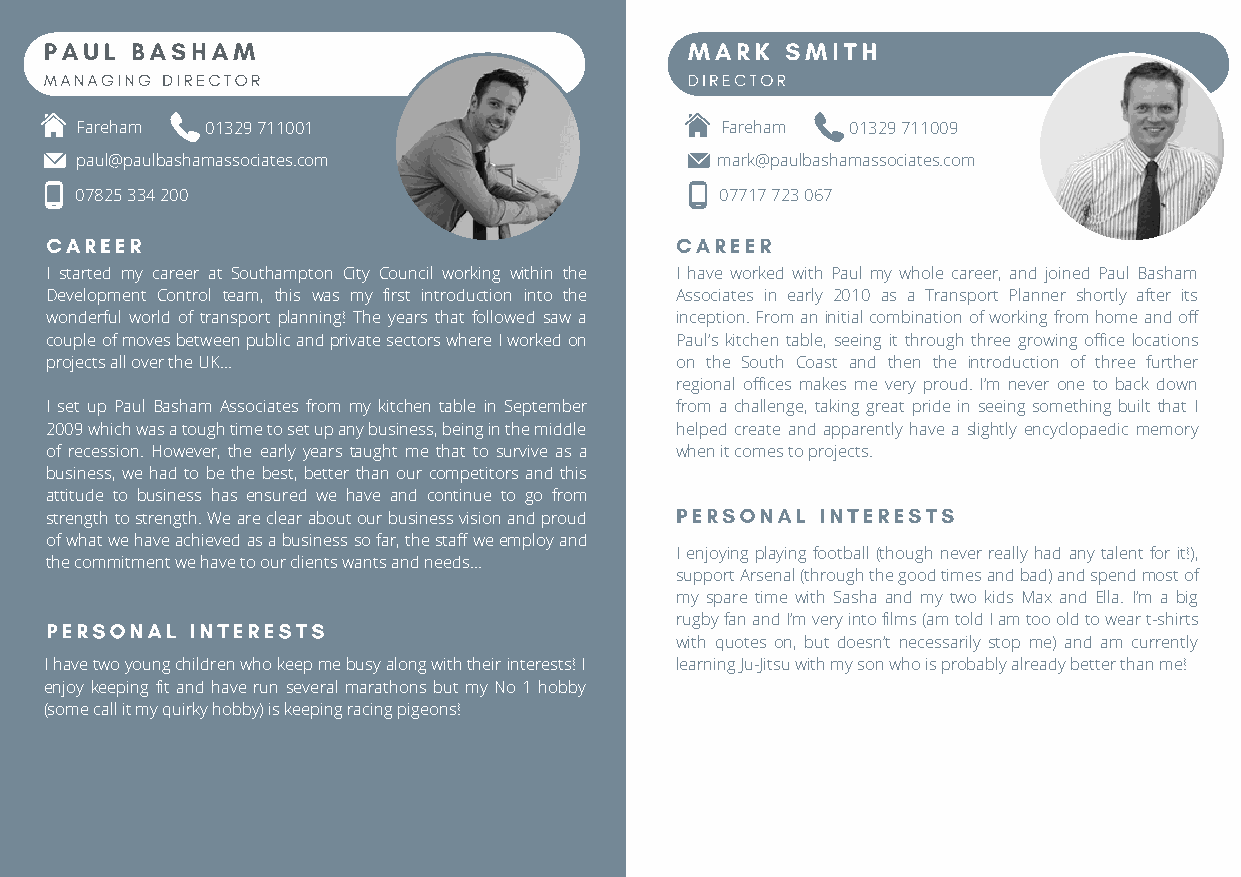
PAUL  BASHAM                               MARK  SMITH
 MANAGING DIRECTOR                          DIRECTOR
 Fareham  01329 711001                      Fareham 01329 711009
 paul@paulbashamassociates.com             mark@paulbashamassociates.com
 07825 334 200                              07717 723 067
 CAREER                                    CAREER
 I started my career at Southampton City Council working within the I have worked with Paul my whole career, and joined Paul Basham
 Development Control team, this was my first introduction into the Associates in early 2010 as a Transport Planner shortly after its
 wonderful world of transport planning! The years that followed saw a inception. From an initial combination of working from home and off
 couple of moves between public and private sectors where I worked on Paul’s kitchen table, seeing it through three growing office locations
 projects all over the UK…                 on the South Coast and then the introduction of three further
 regional offices makes me very proud. I’m never one to back down
 I set up Paul Basham Associates from my kitchen table in September from a challenge, taking great pride in seeing something built that I
 2009 which was a tough time to set up any business, being in the middle helped create and apparently have a slightly encyclopaedic memory
 of recession. However, the early years taught me that to survive as a when it comes to projects.
 business, we had to be the best, better than our competitors and this
 attitude to business has ensured we have and continue to go from
 PERSONAL INTERESTS
 strength to strength. We are clear about our business vision and proud
 of what we have achieved as a business so far, the staff we employ and
 I enjoying playing football (though never really had any talent for it!),
 the commitment we have to our clients wants and needs…
 suPpEpoRrtS AOrseNnaAl (tLhr oIuNghT tEheR gEooSdT timSes and bad) and spend most of
 my spare time with Sasha and my two kids Max and Ella. I’m a big
 PERSONAL  INTERESTS                       ruIgnbsye rfta Tne axnt.d.. I’m very into films (am told I am too old to wear t-shirts
 with quotes on, but doesn’t necessarily stop me) and am currently
 I have two young children who keep me busy along with their interests! I learning Ju-Jitsu with my son who is probably already better than me!
 enjoy keeping fit and have run several marathons but my No 1 hobby
 (some call it my quirky hobby) is keeping racing pigeons!